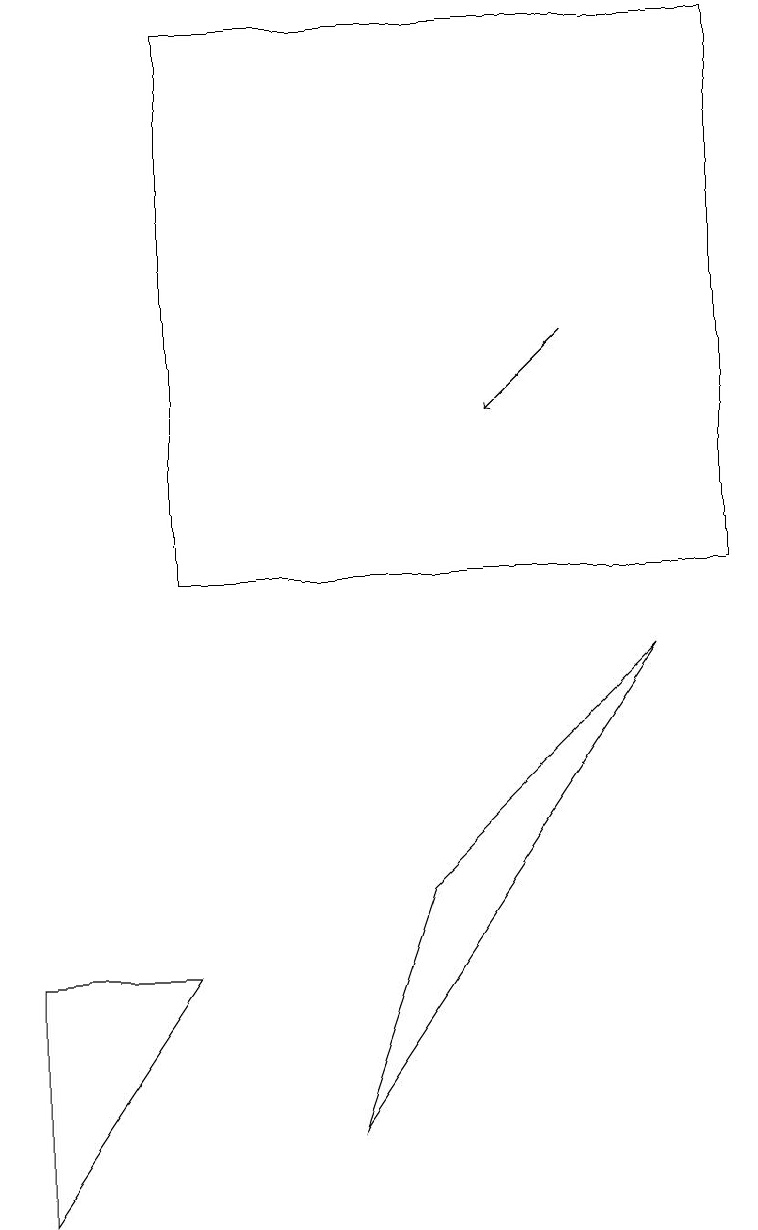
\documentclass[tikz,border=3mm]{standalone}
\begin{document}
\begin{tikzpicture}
\draw (8,9) -- (5,6) -- (4,3) -- cycle;
\draw (0,5) -- (0,2) -- (2,5) -- cycle;
\draw (2,17) rectangle (9,10);
\draw[->] (7,13) -- (6,12);
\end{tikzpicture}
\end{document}